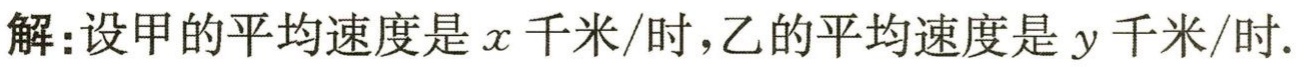
解：设甲的平均速度是\(x\)千米/时，乙的平均速度是\(y\)千米/时.